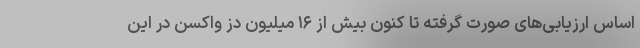
اساس ارزیابی‌های صورت گرفته تا کنون بیش از ۱۶ میلیون دز واکسن در این